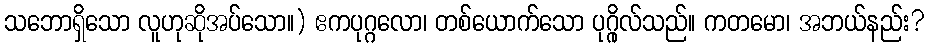
သဘောရှိသော လူဟုဆိုအပ်သော။) ဧကပုဂ္ဂလော၊ တစ်ယောက်သော ပုဂ္ဂိုလ်သည်။ ကတမော၊ အဘယ်နည်း?